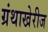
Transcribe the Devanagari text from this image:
ग्रंथाखेरीज